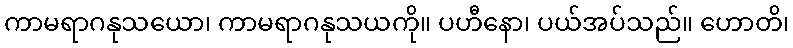
ကာမရာဂနုသယော၊ ကာမရာဂနုသယကို။ ပဟီနော၊ ပယ်အပ်သည်။ ဟောတိ၊